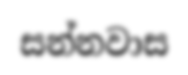
සන්නවාස